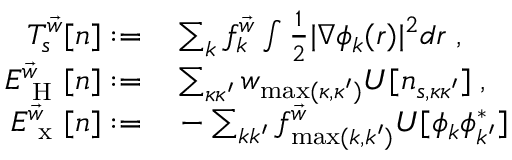
\begin{array} { r l } { T _ { s } ^ { \vec { w } } [ n ] : = } & { { } \sum _ { k } f _ { k } ^ { \vec { w } } \int \frac { 1 } { 2 } | \nabla \phi _ { k } ( \boldsymbol { r } ) | ^ { 2 } d \boldsymbol { r } \; , } \\ { E _ { \mathrm { ~ H ~ } } ^ { \vec { w } } [ n ] : = } & { { } \sum _ { \kappa \kappa ^ { \prime } } w _ { \operatorname* { m a x } ( \kappa , \kappa ^ { \prime } ) } U [ n _ { s , \kappa \kappa ^ { \prime } } ] \; , } \\ { E _ { \mathrm { ~ x ~ } } ^ { \vec { w } } [ n ] : = } & { { } - \sum _ { k k ^ { \prime } } f _ { \operatorname* { m a x } ( k , k ^ { \prime } ) } ^ { \vec { w } } U [ \phi _ { k } \phi _ { k ^ { \prime } } ^ { * } ] } \end{array}